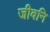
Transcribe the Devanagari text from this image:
जीवनि